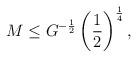
LaTeX: \begin{align*}M\leq G^{-{1\over2}} \left({1\over2}\right)^{1\over4},\end{align*}